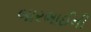
બારભાઈની